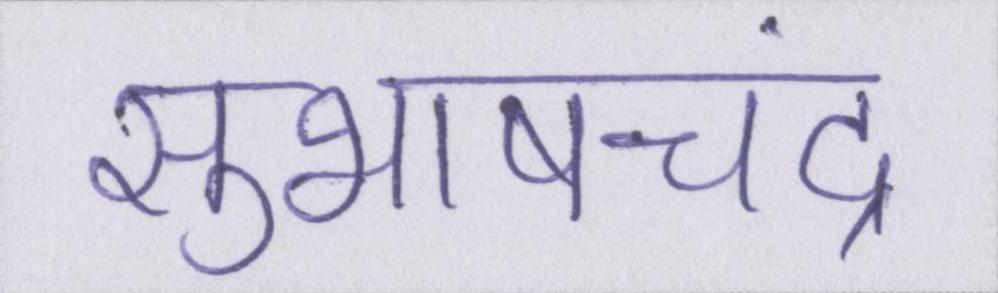
सुभाषचंद्र